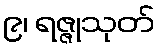
၉၊ ရဇ္ဇုသုတ်